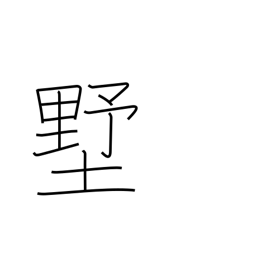
Meaning: shed